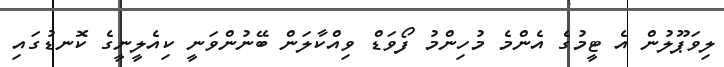
ލިވަޕޫލުން އެ ޓީމުގެ އެންމެ މުހިންމު ފޯވަޑް ވިއްކާލަން ބޭނުންވަނީ ކިއެލީނީގެ ކޮނޑުގައި